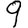
Digit: 9